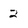
Character: 2